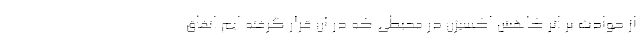
از حوادث بر اثر کاهش اکسیژن در محیطی که در آن قرار گرفته ایم اتفاق